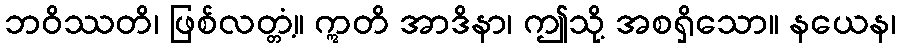
ဘဝိဿတိ၊ ဖြစ်လတ္တံ့။ ဣတိ အာဒိနာ၊ ဤသို့ အစရှိသော။ နယေန၊